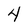
Character: 4